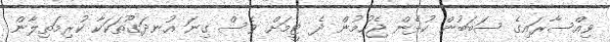
ވިއްސާރައިގެ ސަބަބުން ކުޅެން ޖެހުމުން ދެ ޓީމަށް ވެސް ގިނަ އުނދަގޫތަކަކާ ކުރިމަތިލާން